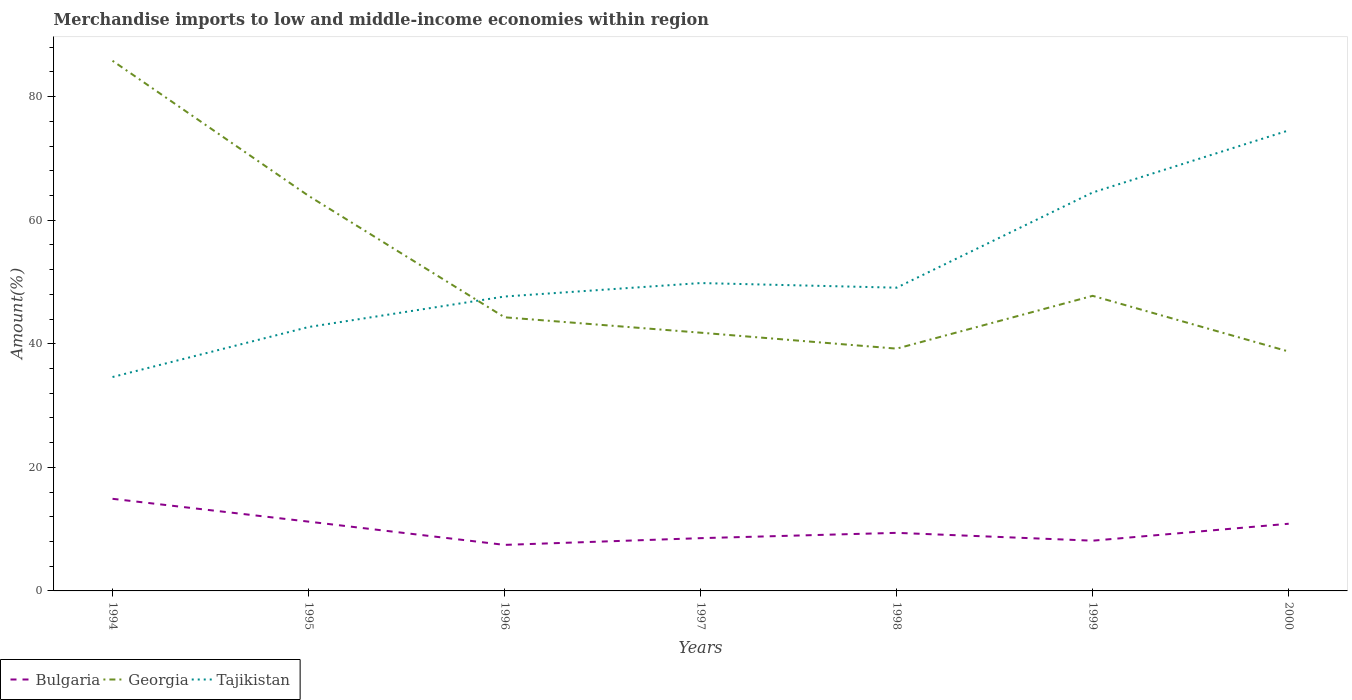
| Years | Bulgaria | Georgia | Tajikistan |
 | --- | --- | --- | --- |
 | 1994 | 14.9 | 85.8 | 34.6 |
 | 1995 | 11.2 | 63.9 | 42.7 |
 | 1996 | 7.45 | 44.3 | 47.7 |
 | 1997 | 8.54 | 41.8 | 49.8 |
 | 1998 | 9.4 | 39.2 | 49.1 |
 | 1999 | 8.13 | 47.8 | 64.5 |
 | 2000 | 10.9 | 38.7 | 74.5 |